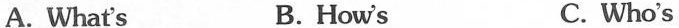
A. What's B. How's C. Who's